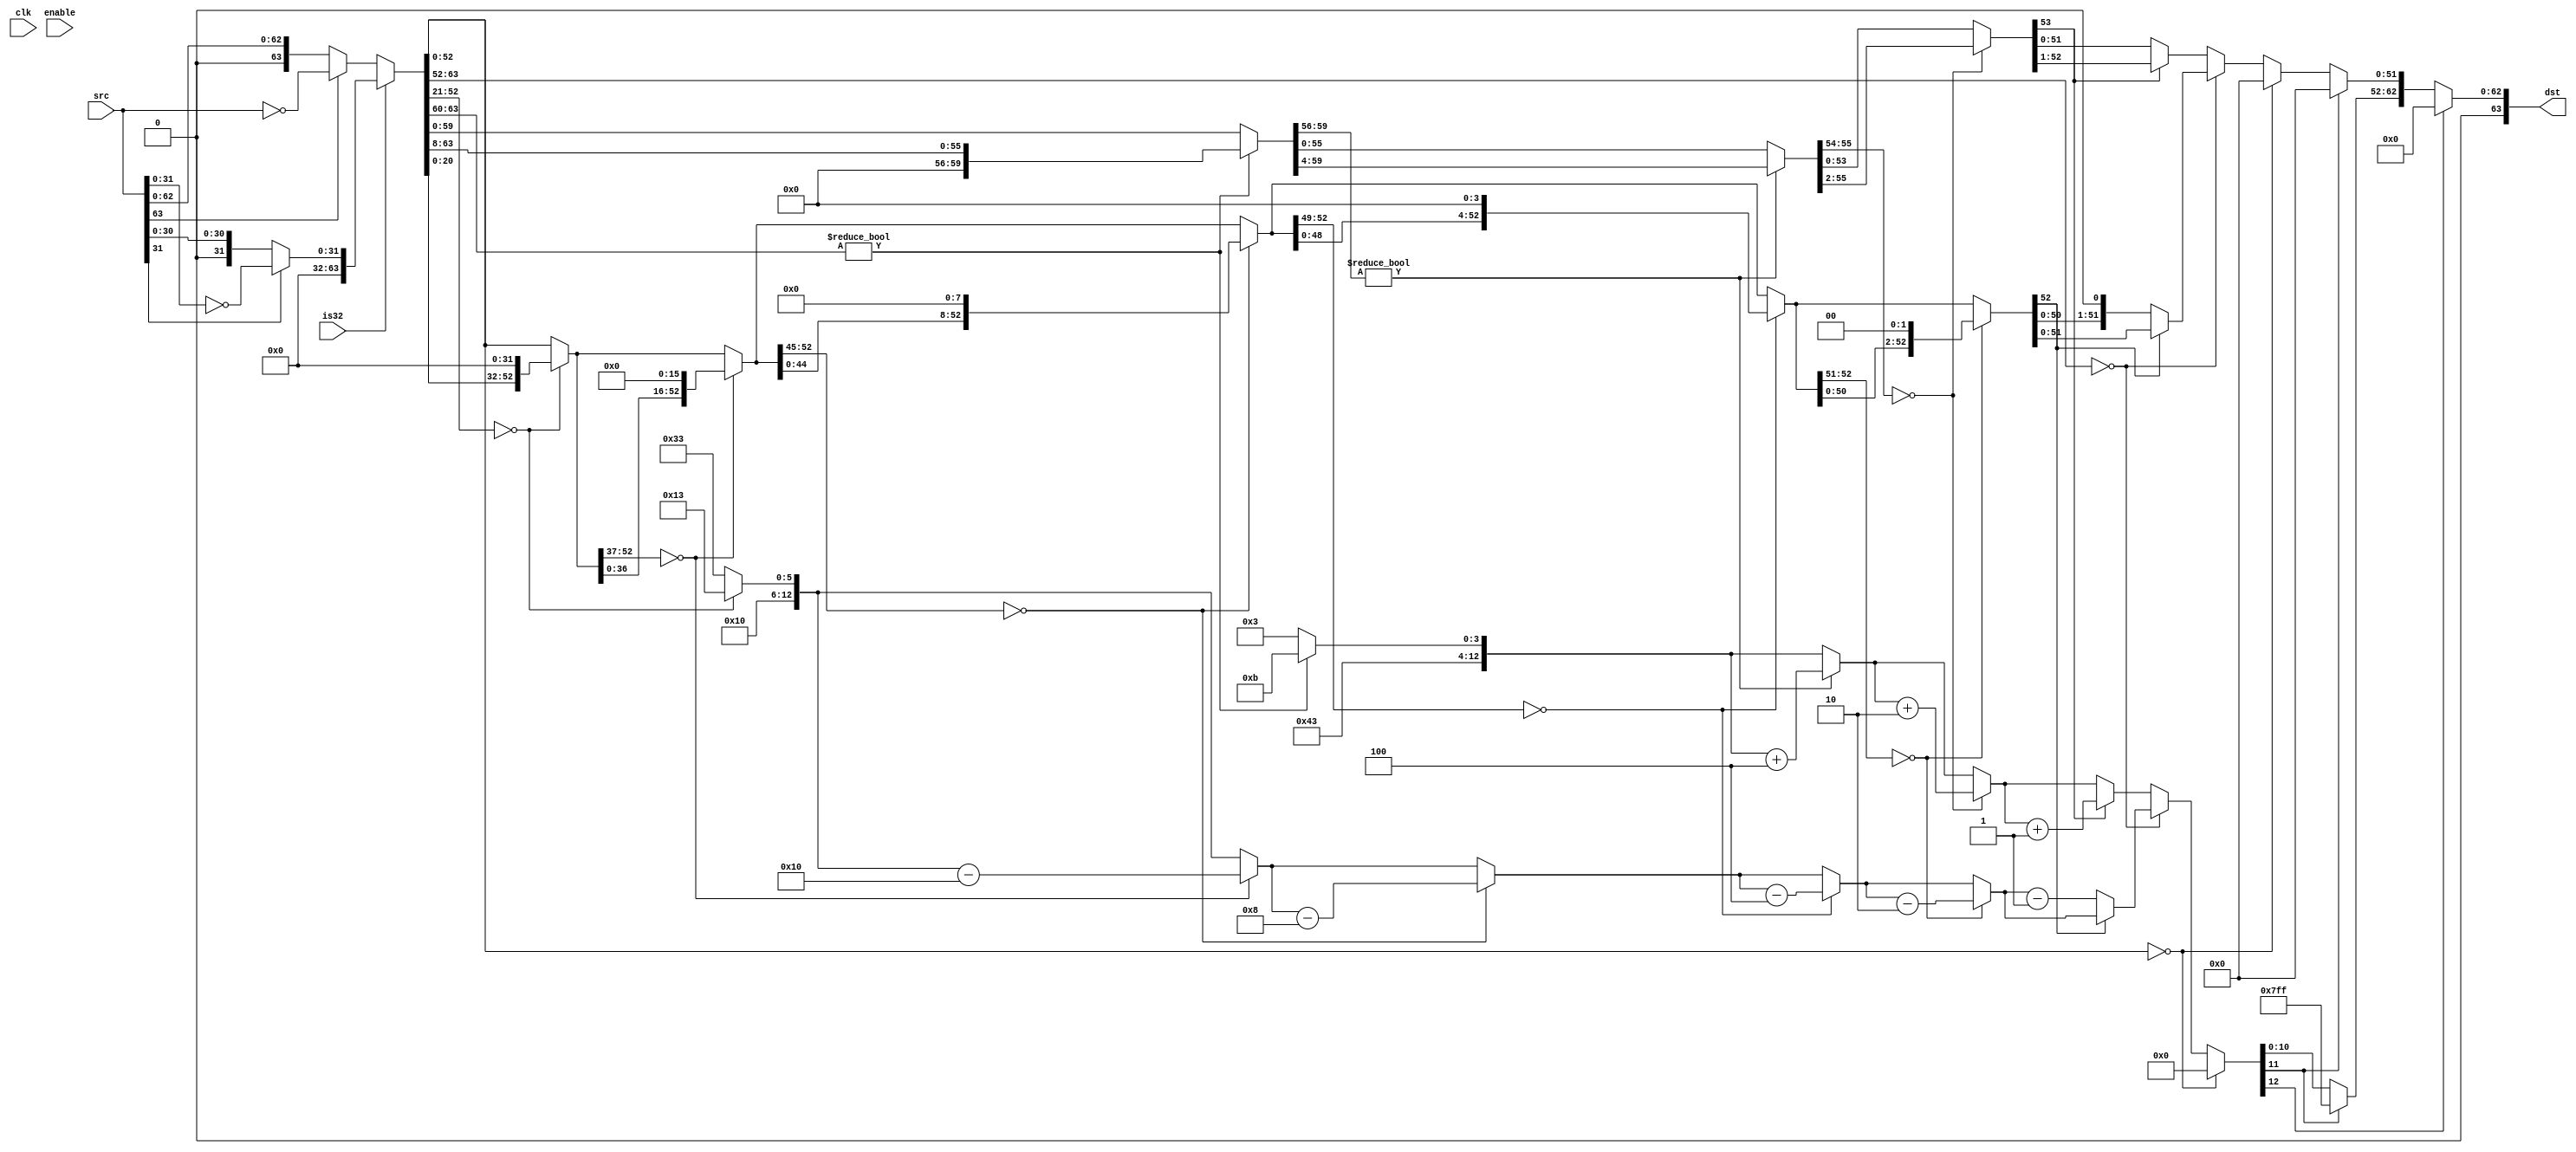
module FpuFp64FromInt(
	clk,
	enable,
	is32,
	src,
	dst
);

input			clk;
input			enable;
input			is32;

input[63:0]		src;
output[63:0]	dst;

reg		sgn;
reg		sgnc;

reg[12:0] exa;
reg[12:0] exb;
reg[12:0] exc;
reg[12:0] exm;

reg[63:0] tFracA;
reg[63:0] tFracB;
reg[63:0] tFracC;
reg[63:0] tFracA1;
reg[63:0] tFracB1;
reg[63:0] tFracC1;

reg[63:0] tFracC2;

reg[63:0] tFracC2_A;	//32
reg[63:0] tFracC2_B;	//16
reg[63:0] tFracC2_C;	//8
reg[63:0] tFracC2_D;	//4
reg[63:0] tFracC2_E;	//2

reg[12:0] tExc_A;
reg[12:0] tExc_B;
reg[12:0] tExc_C;
reg[12:0] tExc_D;
reg[12:0] tExc_E;

reg[63:0] tDst;

assign dst = tDst;

always @ (clk && enable)
begin
	sgnc = 0;

	if(is32)
	begin
		if(src[31])
		begin
			sgn = 1;
			tFracC2[63:32] = 0;
			tFracC2[31:0] = ~(src[31:0]);
			exm = 1023 + 52;
		end
		else
		begin
			sgn = 0;
			tFracC2[63:32] = 0;
			tFracC2[31:0] = src[31:0];
			exm = 1023 + 52;
		end
	end
	else
	begin
		if(src[63])
		begin
			sgn = 1;
			tFracC2[63:0] = ~(src[63:0]);
			exm = 1023 + 52;
		end
		else
		begin
			sgn = 0;
			tFracC2[63:0] = src[63:0];
			exm = 1023 + 52;
		end
	end

	if(tFracC2[52:0]==0)
	begin
		sgnc=0;
		tFracC=0;
		exc=0;
	end
	else
		if(tFracC2[63:52]==0)
	begin

		if(tFracC2[52:21]==0)
		begin
			tFracC2_A=tFracC2<<32;
			tExc_A=exm-32;
		end
		else
		begin
			tFracC2_A=tFracC2;
			tExc_A=exm;
		end

		if(tFracC2_A[52:37]==0)
		begin
			tFracC2_B=tFracC2_A<<16;
			tExc_B=tExc_A-16;
		end
		else
		begin
			tFracC2_B=tFracC2_A;
			tExc_B=tExc_A;
		end

		if(tFracC2_B[52:45]==0)
		begin
			tFracC2_C=tFracC2_B<<8;
			tExc_C=tExc_B-8;
		end
		else
		begin
			tFracC2_C=tFracC2_B;
			tExc_C=tExc_B;
		end
		
		if(tFracC2_C[52:49]==0)
		begin
			tFracC2_D=tFracC2_C<<4;
			tExc_D=tExc_C-4;
		end
		else
		begin
			tFracC2_D=tFracC2_C;
			tExc_D=tExc_C;
		end
		
		if(tFracC2_D[52:51]==0)
		begin
			tFracC2_E=tFracC2_D<<2;
			tExc_E=tExc_D-2;
		end
		else
		begin
			tFracC2_E=tFracC2_D;
			tExc_E=tExc_D;
		end

		if(tFracC2_E[52]==0)
		begin
			tFracC=tFracC2_E<<1;
			exc=tExc_E-1;
		end
		else
		begin
			tFracC=tFracC2_E;
			exc=tExc_E;
		end
	end
	else
	begin
		tFracC2_B=tFracC2;
		tExc_B=exm;

		if(tFracC2_B[63:60]!=0)
		begin
			tFracC2_C=tFracC2_B>>8;
			tExc_C=tExc_B+8;
		end
		else
		begin
			tFracC2_C=tFracC2_B;
			tExc_C=tExc_B;
		end
		
		if(tFracC2_C[59:56]!=0)
		begin
			tFracC2_D=tFracC2_C>>4;
			tExc_D=tExc_C+4;
		end
		else
		begin
			tFracC2_D=tFracC2_C;
			tExc_D=tExc_C;
		end
		
		if(tFracC2_D[55:54]==0)
		begin
			tFracC2_E=tFracC2_D>>2;
			tExc_E=tExc_D+2;
		end
		else
		begin
			tFracC2_E=tFracC2_D;
			tExc_E=tExc_D;
		end

		if(tFracC2_E[53])
		begin
			tFracC=tFracC2_E>>1;
			exc=tExc_E+1;
		end
		else
		begin
			tFracC=tFracC2_E;
			exc=tExc_E;
		end
	end
	
	if(exc[12])
	begin
		tDst[63:0]=64'h0;
	end
	else if(exc[11])
	begin
		tDst[63]=sgnc;
		tDst[62:0]=63'h7FF0_0000_0000_0000;
	end
	else
	begin
		tDst[63]=sgnc;
		tDst[62:52]=exc[10:0];
		tDst[51:0]=tFracC[51:0];
	end
	
//	dst=tDst;
end

always @ (posedge clk)
begin
//	dst <= tDst;
end

endmodule